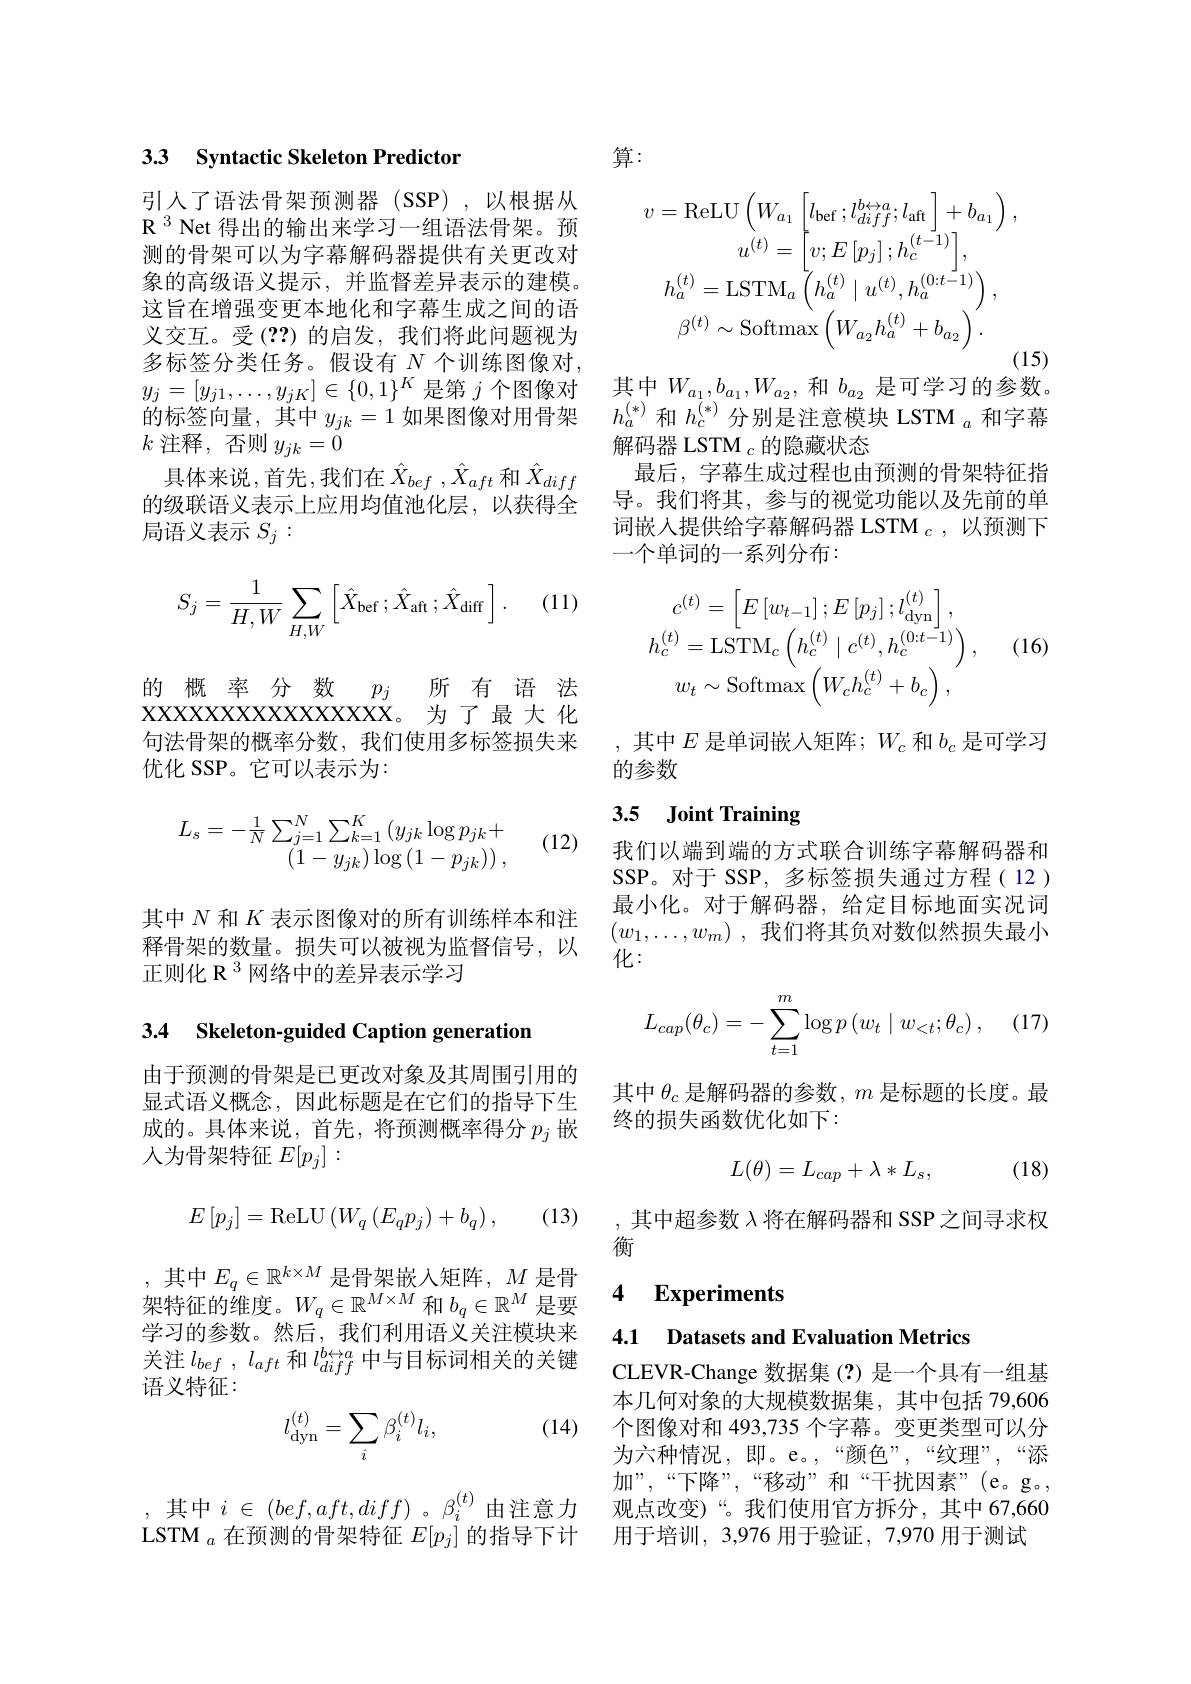
### 3.3 Syntactic Skeleton Predictor

引人了语法骨架预测器(SSP),以根据从$\textbf{R}^{3}$ Net 得出的输出来学习一组语法骨架。预测的骨架可以为字幕解码器提供有关更改对象的高级语义提示，并监督差异表示的建模。这旨在增强变更本地化和字幕生成之间的语义交互。受(??)的启发，我们将此问题视为多标签分类任务。假设有 $N$ 个训练图像对， $y_j=[y_{j1},\ldots,y_{jK}]\in\{0,1\}^K$是第$j$个图像对的标签向量，其中$y_jk=1$如果图像对用骨架$k$注释，否则$y_jk=0$
具体来说，首先，我们在$\hat{X}_{bef},\hat{X}_{aft}$和$\hat{X}_{diff}$ 的级联语义表示上应用均值池化层，以获得全局语义表示$S_j:$

(11)
$$S_j=\frac{1}{H,W}\sum_{H,W}\left[\hat{X}_{\mathrm{bef}}\:;\hat{X}_{\mathrm{aft}}\:;\hat{X}_{\mathrm{diff}}\:\right].$$
的 概率 分 数$p_j$
xxxxxxxxxxxxxxxxxxx。为了最 大 化

所有语法
句法骨架的概率分数，我们使用多标签损失来
优化 SSP。它可以表示为：
$$L_s=-\frac{1}{N}\sum_{j=1}^N\sum_{k=1}^K\left(y_{jk}\log p_{jk}+\right.\\\left(1-y_{jk}\right)\log\left(1-p_{jk}\right)),$$
(12)

其中$N$和$K$表示图像对的所有训练样本和注释骨架的数量。损失可以被视为监督信号，以正则化 R $^{3}$网络中的差异表示学习

# 3.4 Skeleton-guided Caption generation

由于预测的骨架是已更改对象及其周围引用的显式语义概念，因此标题是在它们的指导下生成的。具体来说，首先，将预测概率得分$p_j$嵌人为骨架特征$E[p_j]:$
$$E\left[p_j\right]=\mathrm{ReLU}\left(W_q\left(E_qp_j\right)+b_q\right),$$
(13)

,其中$E_q\in\mathbb{R}^k\times M$是骨架嵌入矩阵$,M$是骨架特征的维度。$W_q\in\mathbb{R}^M\times M$和$b_q\in\mathbb{R}^M$是要学习的参数。然后，我们利用语义关注模块来关注$l_{bef}$ , $l_{aft}$ 和$l_{diff}^{b\leftrightarrow a}$中与目标词相关的关键语义特征：
$$l_{\mathrm{dyn}}^{(t)}=\sum_{i}\beta_{i}^{(t)}l_{i},$$
(14)

其中$i\in(bef,aft,diff)$。$\beta_i^{(t)}$由注意力LSTM $_a$在预测的骨架特征$E[p_j]$的指导下计

算：
$$v=\mathrm{ReLU}\left(W_{a_{1}}\left[l_{\mathrm{bef}}\:;l_{diff}^{b\leftrightarrow a};l_{\mathrm{aft}}\right]+b_{a_{1}}\right),\\u^{(t)}=\left[v;E\left[p_{j}\right];h_{c}^{(t-1)}\right],\\h_{a}^{(t)}=\mathrm{LSTM}_{a}\left(h_{a}^{(t)}\mid u^{(t)},h_{a}^{(0:t-1)}\right),\\\beta^{(t)}\sim\mathrm{Softmax}\left(W_{a_{2}}h_{a}^{(t)}+b_{a_{2}}\right).$$
(15)

其中$W_{a_1},b_{a_1},W_{a_2}$,和$b_{a_2}$是可学习的参数。

$h_a^{(*)}$和$h_c^{(*)}$分别是注意模块 LSTM $_a$和字幕
解码器 LSTM $_c$的隐藏状态
最后，字幕生成过程也由预测的骨架特征指导。我们将其，参与的视觉功能以及先前的单词嵌入提供给字幕解码器 LSTM $_c$,以预测下一个单词的一系列分布：
$$c^{(t)}=\left[E\left[w_{t-1}\right];E\left[p_{j}\right];l_{\mathrm{dyn}}^{(t)}\right],\\h_{c}^{(t)}=\mathrm{LSTM}_{c}\left(h_{c}^{(t)}\mid c^{(t)},h_{c}^{(0:t-1)}\right),\\w_{t}\sim\mathrm{Softmax}\left(W_{c}h_{c}^{(t)}+b_{c}\right),$$
(16)

,其中$E$是单词嵌入矩阵$;W_c$和$b_c$是可学习
的参数

## 3.5 Joint Training

我们以端到端的方式联合训练字幕解码器和SSP。对于 SSP, 多标签损失通过方程( 12 ) 最小化。对于解码器，给定目标地面实况词$( w_1, \ldots , w_m)$ ,我们将其负对数似然损失最小化：
$$L_{cap}(\theta_c)=-\sum_{t=1}^m\log p\left(w_t\mid w_{<t};\theta_c\right),$$
其中$\theta_c$ 是解码器的参数，$m$ 是标题的长度。最
终的损失函数优化如下：

(18)
$$L(\theta)=L_{cap}+\lambda*L_s,$$
,其中超参数$\lambda$将在解码器和 SSP 之间寻求权
衡

### 4 $\textbf{Experiments}$

4.1 Datasets and Evaluation Metrics

CLEVR-Change 数据集(?)是一个具有一组基本几何对象的大规模数据集，其中包括 79,606个图像对和 493,735 个字幕。变更类型可以分为六种情况，即。e。,“颜色”,“纹理”,“添加”,“下降”,“移动”和“干扰因素”(e。g。, 观点改变)“。我们使用官方拆分，其中 67,660用于培训，3,976 用于验证，7,970 用于测试